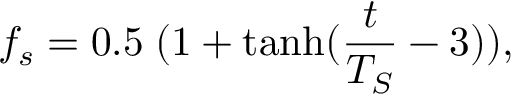
f _ { s } = 0 . 5 \; ( 1 + \operatorname { t a n h } ( \frac { t } { T _ { S } } - 3 ) ) ,